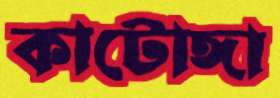
কাটোঙ্গা